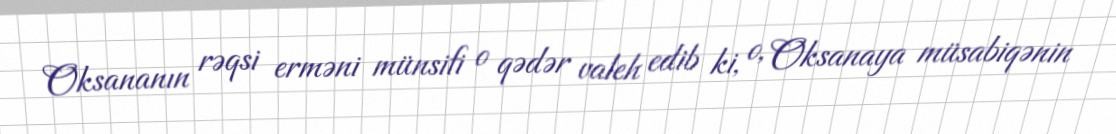
Oksananın rəqsi erməni münsifi o qədər valeh edib ki, o, Oksanaya müsabiqənin